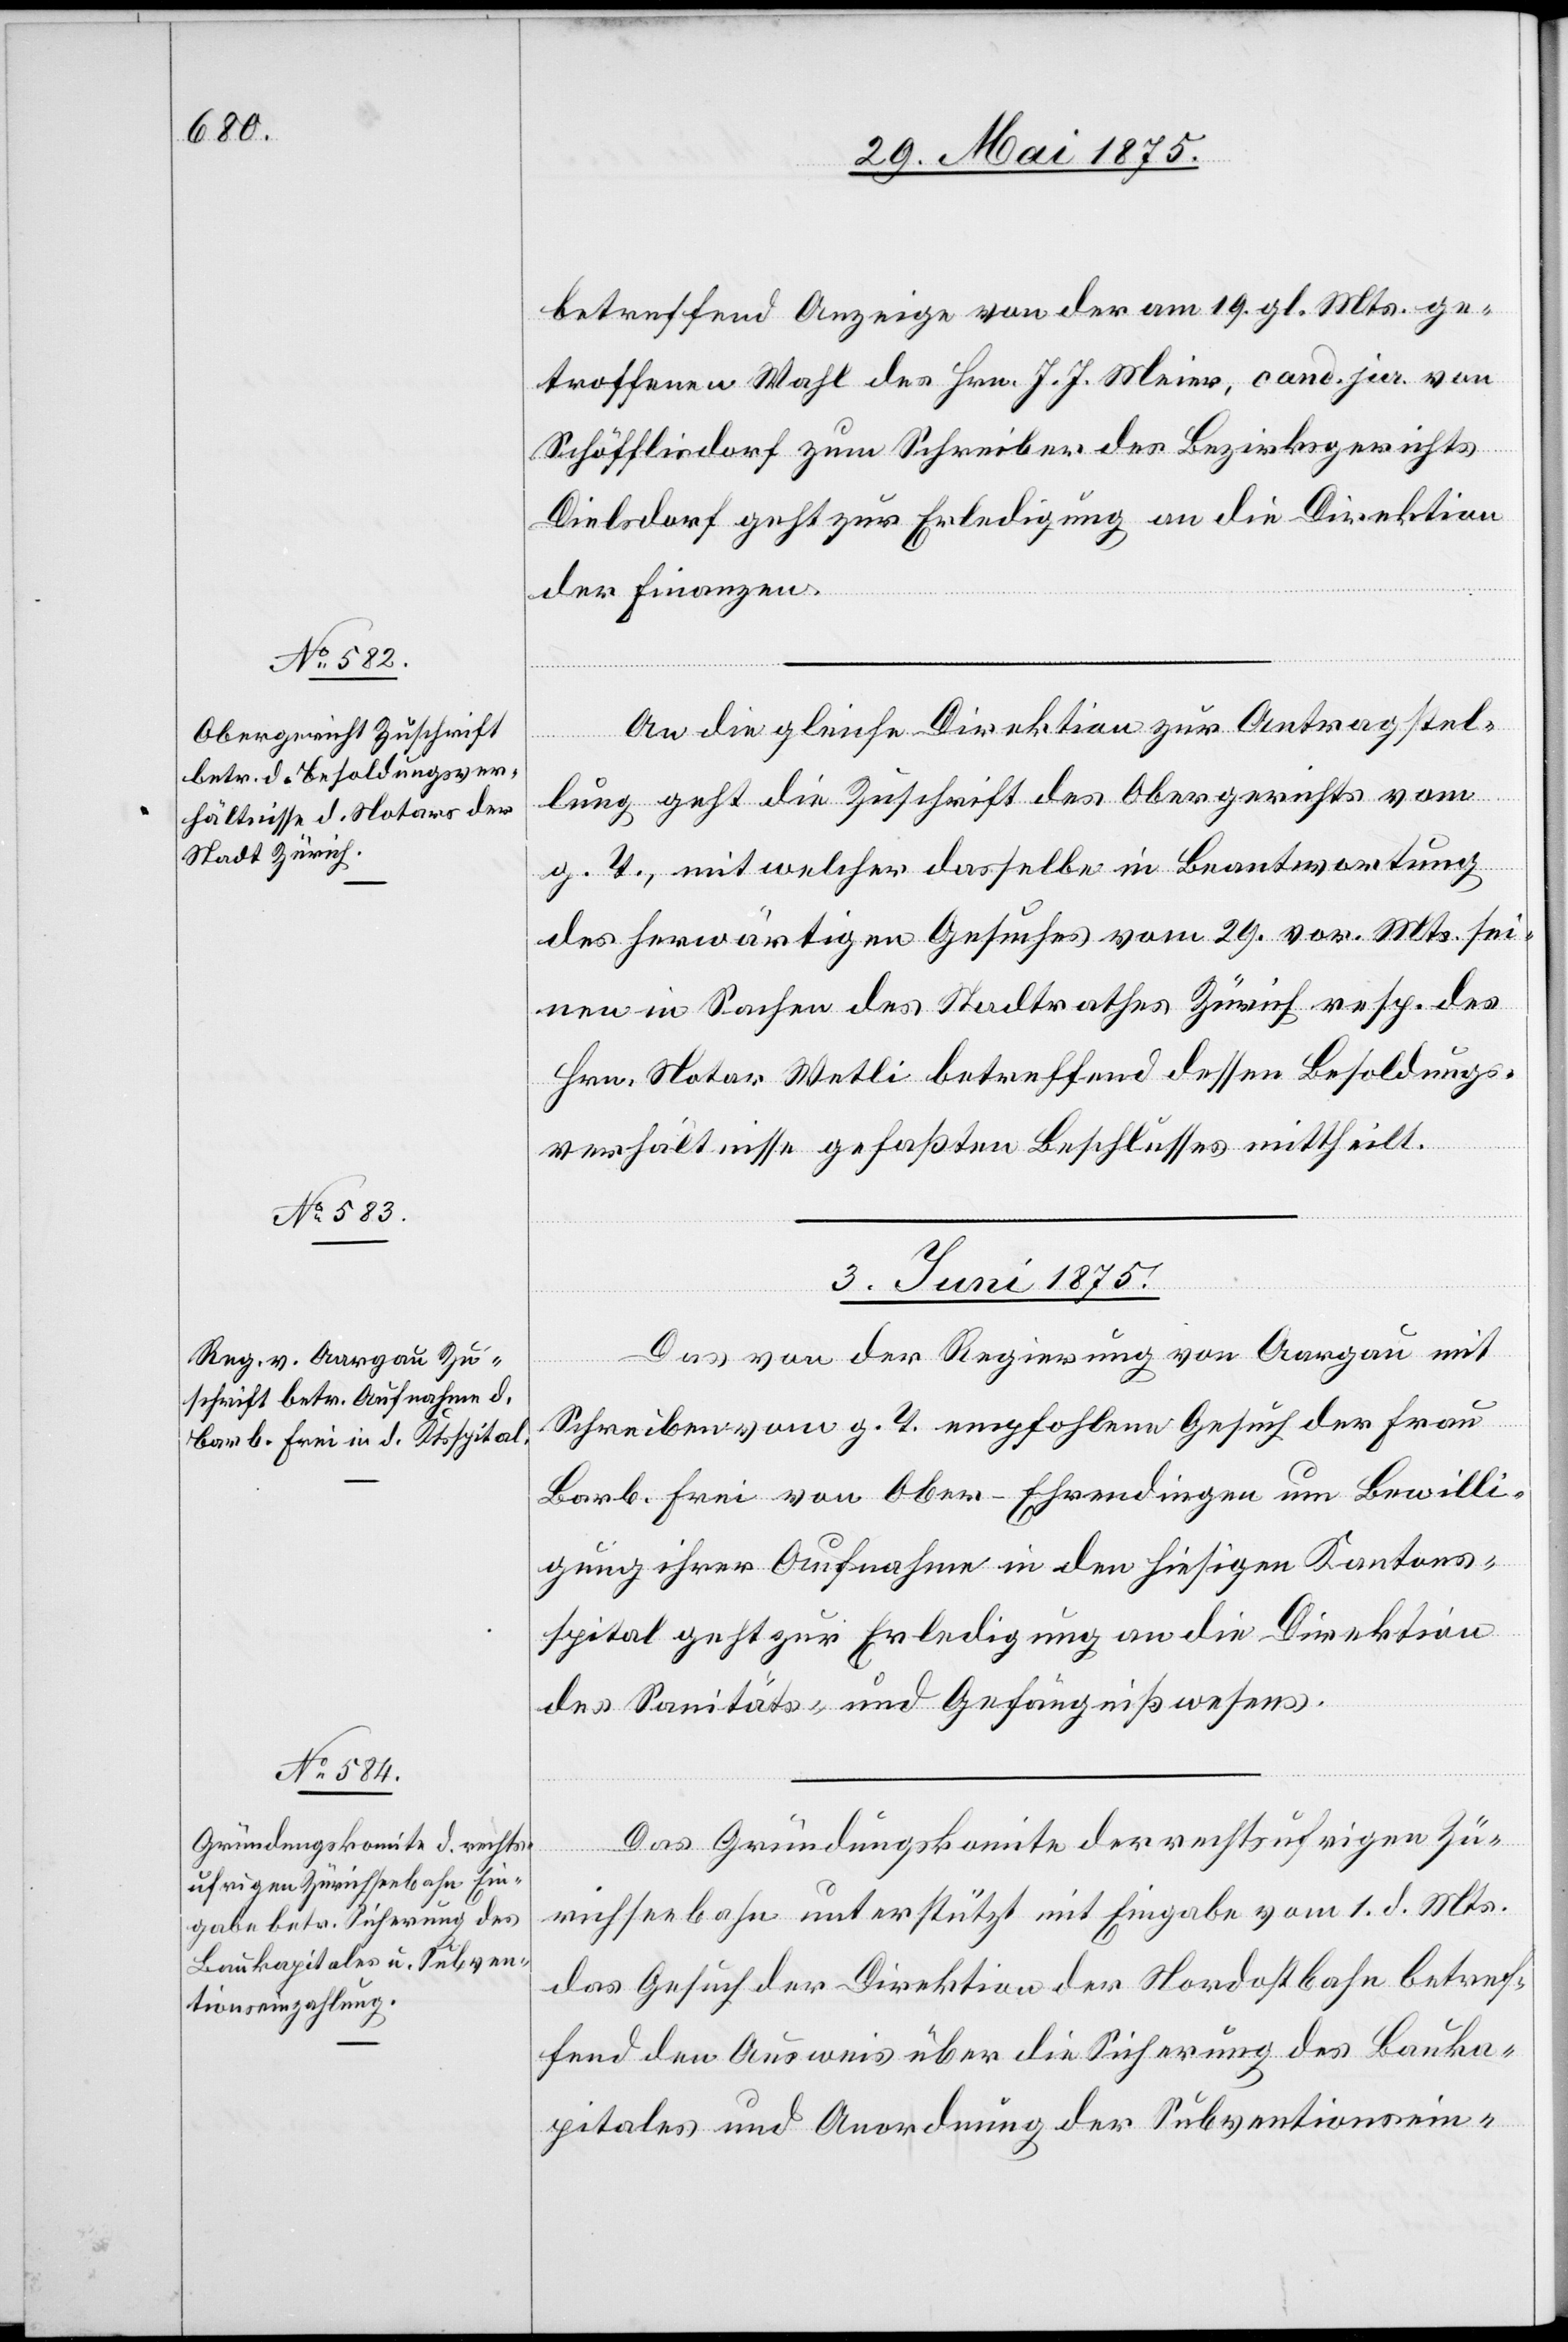
betreffend Anzeige von der am 19. gl. Mts. ge¬
troffenen Wahl des Hrn. J. J. Meier, cand. jur. von
Schöfflisdorf zum Schreiber des Bezirksgerichtes
Dielsdorf geht zur Erledigung an die Direktion
der Finanzen.
An die gleiche Direktion zur Antragstel¬
lung geht die Zuschrift des Obergerichtes vom
g. T., mit welcher dasselbe in Beantwortung
des herwärtigen Gesuches vom 29. vor. Mts. sei¬
nen in Sachen des Stadtrathes Zürich resp. des
Hrn. Notar Wetli betreffend dessen Besoldungs¬
verhältnisse gefaßten Beschlusses mittheilt.
3. Juni 1875]
Das von der Regierung von Aargau mit
Schreiben vom g. T. empfohlene Gesuch der Frau
Barb. Frei von Ober-Ehrendingen um Bewilli¬
gung ihrer Aufnahme in den hiesigen Kantons¬
spital geht zur Erledigung an die Direktion
des Sanitäts- und Gefängnißwesens.
Das Gründungskomite der rechtsufrigen Zü¬
richseebahn unterstützt mit Eingabe vom 1. d. Mts.
das Gesuch der Direktion der Nordostbahn betref¬
fend den Ausweis über Sicherung des Bauka¬
pitals und Anordnung der Subventionsein-